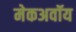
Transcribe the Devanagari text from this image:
मेकअवॉय